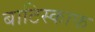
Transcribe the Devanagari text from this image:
बाटिस्काफ